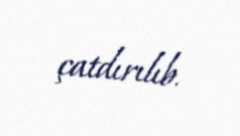
çatdırılıb.